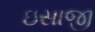
ઇસાજી